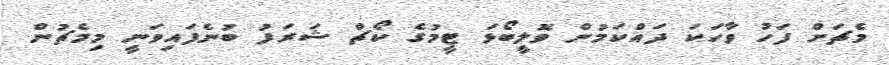
މެޗަށް ފަހު ވާހަކަ ދައްކަމުން ވޮލީބޯޅަ ޓީމުގެ ކޯޗް ޝަރަފު ބުނެފައިވަނީ މިމެޗުން